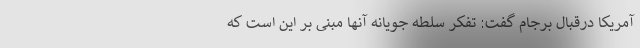
آمریکا درقبال برجام گفت: تفکر سلطه جویانه آنها مبنی بر این است که